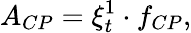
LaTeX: A_{CP}=\xi_{t}^{1}\cdot f_{CP},